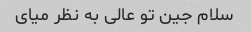
سلام جین تو عالی به نظر میای